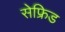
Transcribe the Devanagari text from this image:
सेफ्रिड